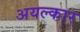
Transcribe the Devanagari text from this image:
अयल्कार